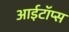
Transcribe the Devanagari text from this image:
आईटॉप्स